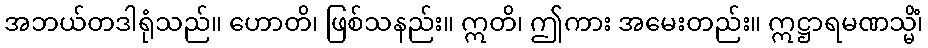
အဘယ်တဒါရုံသည်။ ဟောတိ၊ ဖြစ်သနည်း။ ဣတိ၊ ဤကား အမေးတည်း။ ဣဋ္ဌာရမဏသ္မိံ၊